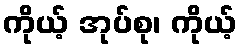
ကိုယ့် အုပ်စု၊ ကိုယ့်